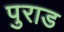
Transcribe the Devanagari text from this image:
पुराड